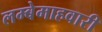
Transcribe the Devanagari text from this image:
लम्बेमाहवारी